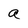
Character: a